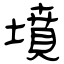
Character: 墳